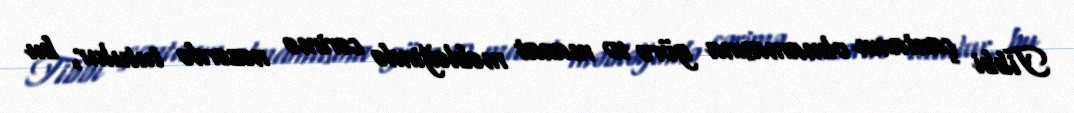
Tibbi çantanın olmamasına görə 10 manat məbləğində cərimə nəzərdə tutulur, bu